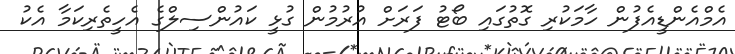
އެމްއެންޑީއެފުން ހާމަކުރި ގޮތުގައި ބޯޓު ފަރަށް އުރުމުން ގުޅީ ކައުންސިލްގެ އެހީތެރިކަމާ އެކު